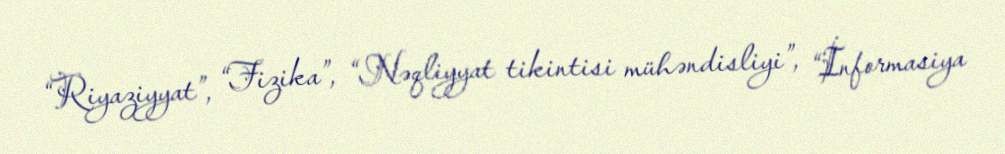
“Riyaziyyat”, “Fizika”, “Nəqliyyat tikintisi mühəndisliyi”, “İnformasiya